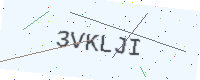
Text: 3VKLJI